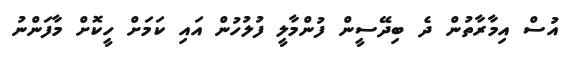
އުސް އިމާރާތުން ދެ ބިދޭސީން ފުންމާލީ ފުލުހުން އައި ކަމަށް ހީކޮށް މާފަންނު